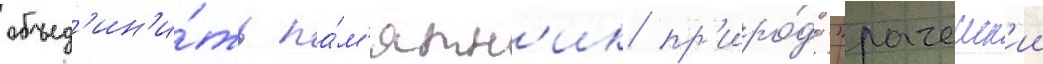
объед'ин'и́ть па́м'ятн'ик пр'иро́ды "рачеиск'ии